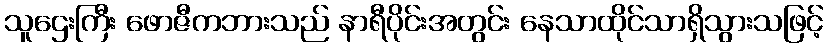
သူဌေးကြီး ဖောဇီကဘားသည် နာရီပိုင်းအတွင်း နေသာထိုင်သာရှိသွားသဖြင့်